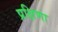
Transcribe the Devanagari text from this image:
प्रक्षिणा